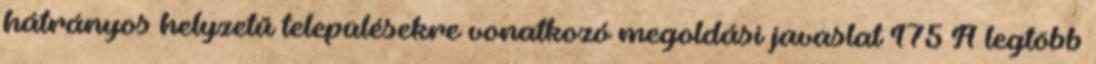
hátrányos helyzetű településekre vonatkozó megoldási javaslat 175 A legtöbb